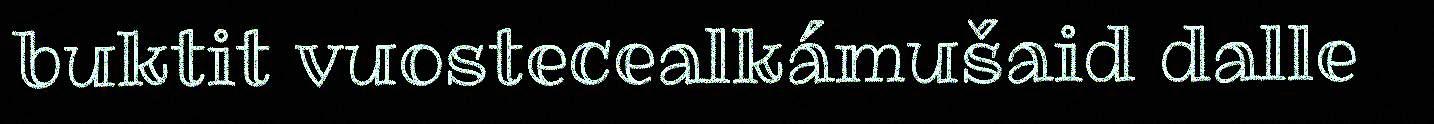
buktit vuostecealkámušaid dalle